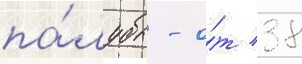
па́лубы - о́т 38